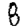
Digit: 8